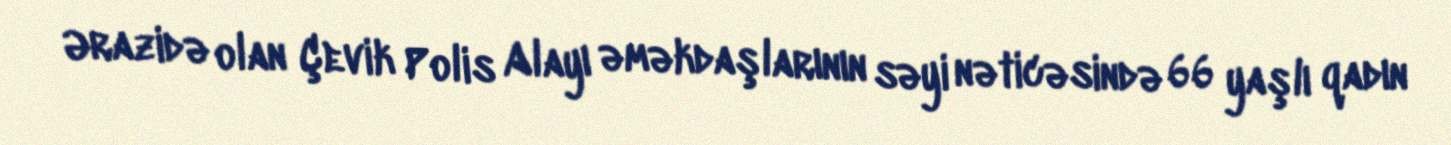
Ərazidə olan Çevik Polis Alayı əməkdaşlarının səyi nəticəsində 66 yaşlı qadın